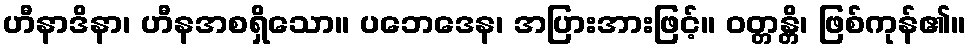
ဟီနာဒိနာ၊ ဟီနအစရှိသော။ ပဘေဒေန၊ အပြားအားဖြင့်။ ဝတ္တန္တိ၊ ဖြစ်ကုန်၏။